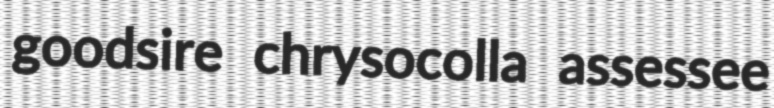
goodsire chrysocolla assessee